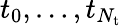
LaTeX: t_{0},\ldots,t_{N_{\mathrm{t}}}